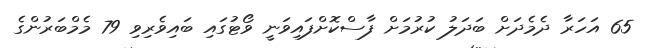
65 އަހަރާ ދެމެދަށް ބަދަލު ކުރުމަށް ފާސްކޮށްފައިވަނީ ވޯޓުގައި ބައިވެރިވި 79 މެމްބަރުންގެ